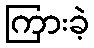
ကြားခဲ့